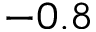
- 0 . 8